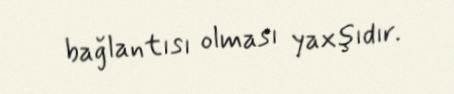
bağlantısı olması yaxşıdır.